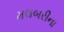
મલબરીના